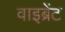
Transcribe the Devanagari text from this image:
वाइब्रेंट